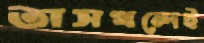
তাসখন্দেই